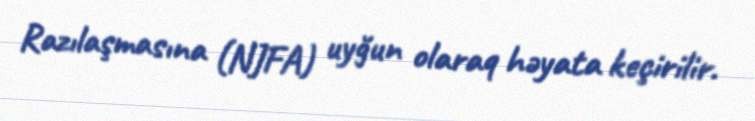
Razılaşmasına (NJFA) uyğun olaraq həyata keçirilir.